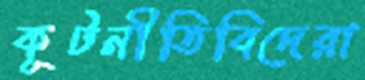
কূটনীতিবিদেরা